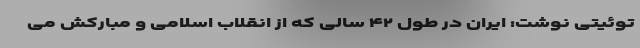
توئیتی نوشت: ایران در طول ۴۲ سالی که از انقلاب اسلامی و مبارکش می